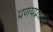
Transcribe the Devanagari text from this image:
प्रणयप्रधान